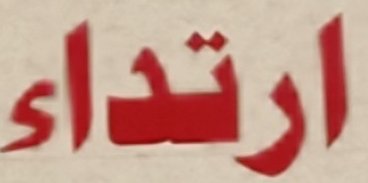
ارتداء